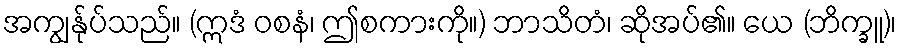
အကျွန်ုပ်သည်။ (ဣဒံ ဝစနံ၊ ဤစကားကို။) ဘာသိတံ၊ ဆိုအပ်၏။ ယေ (ဘိက္ခူ)၊